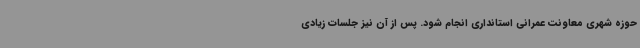
حوزه شهری معاونت عمرانی استانداری انجام شود. پس از آن نیز جلسات زیادی